Language: tamil
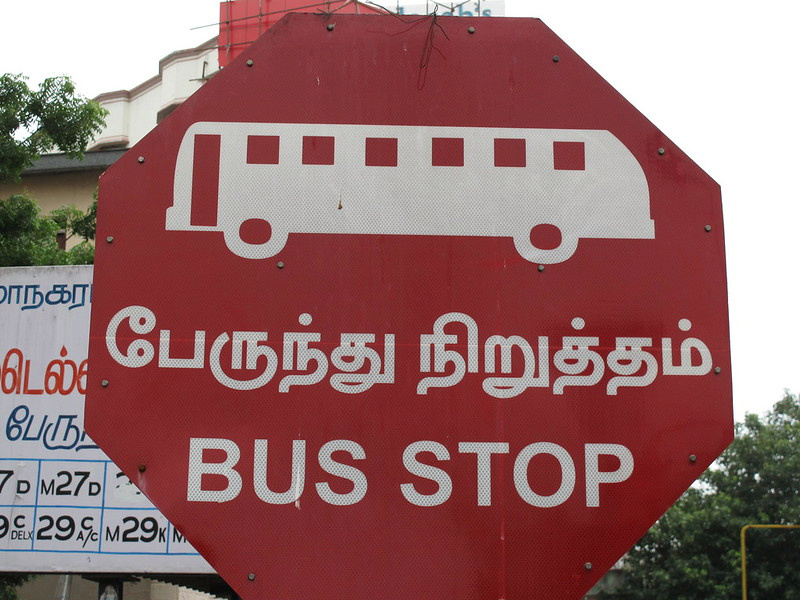
Transcription: நகர டெல் பேருந்து பேரு நிறுத்தம்